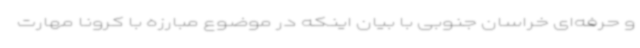
و حرفه‌ای خراسان جنوبی با بیان اینکه در موضوع مبارزه با کرونا مهارت